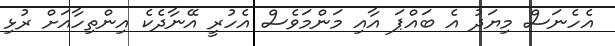
އެހެނަސް މިޔަދު އެ ބައްޕަ އާއި މަންމަވެސް އެހުރީ އޭނާދެކެ އިންތިހާއަށް ރުޅި